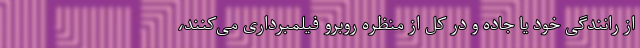
از رانندگی خود یا جاده و در کل از منظره روبرو فیلمبرداری می‌کنند،